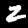
Label: 2